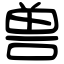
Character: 兽